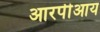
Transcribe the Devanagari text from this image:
आरपीआय